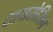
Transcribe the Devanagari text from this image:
टायरोसिन